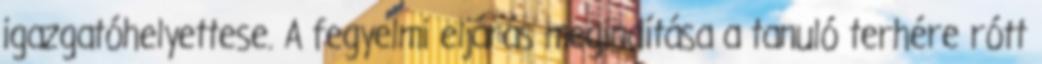
igazgatóhelyettese. A fegyelmi eljárás megindítása a tanuló terhére rótt